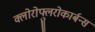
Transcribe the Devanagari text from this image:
क्लोरोफ्लुरोकार्बन्स